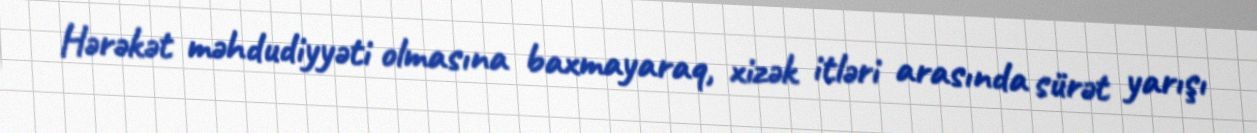
Hərəkət məhdudiyyəti olmasına baxmayaraq, xizək itləri arasında sürət yarışı